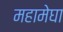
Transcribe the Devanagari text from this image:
महामेघा